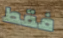
فقط